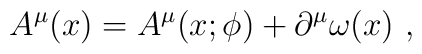
A^\mu(x)=A^\mu(x;\phi)+\partial^\mu\omega(x) \ ,